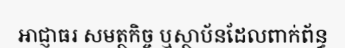
អាជ្ញាធរ សមត្ថកិច្ច ឬស្ថាប័នដែលពាក់ព័ន្ធ